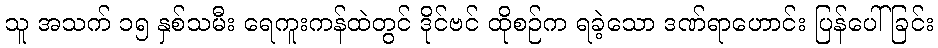
သူ အသက် ၁၅ နှစ်သမီး ရေကူးကန်ထဲတွင် ဒိုင်ဗင် ထိုစဉ်က ရခဲ့သော ဒဏ်ရာဟောင်း ပြန်ပေါ်ခြင်း